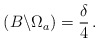
\begin{align*}\,(B\backslash \Omega_a)= \frac{\delta}{4}\,. \end{align*}